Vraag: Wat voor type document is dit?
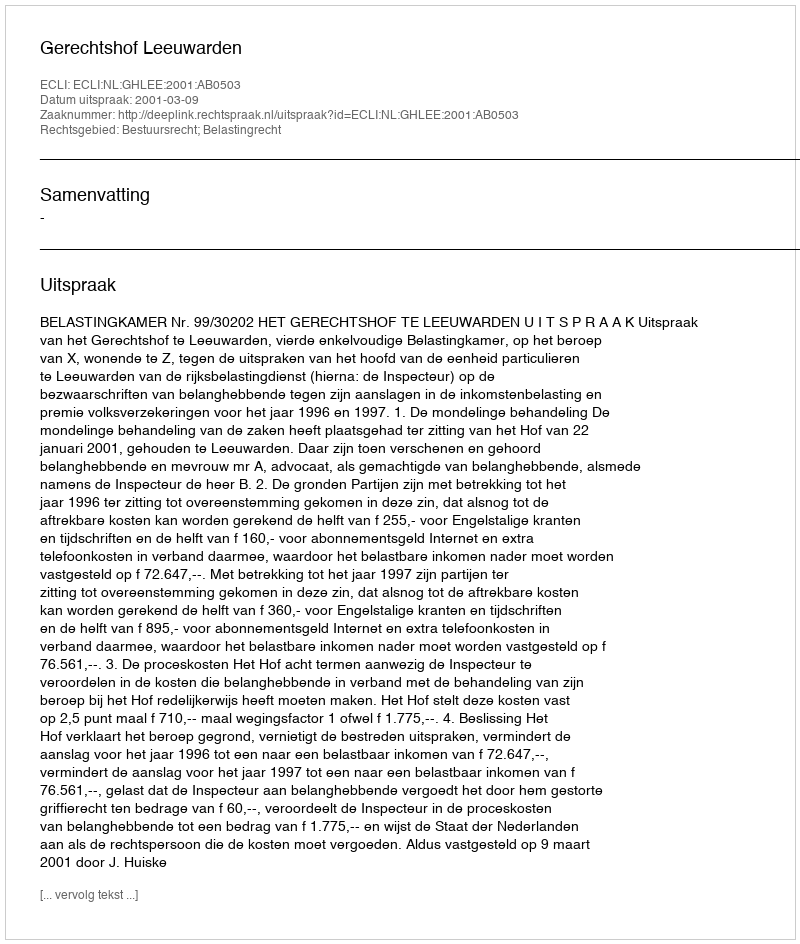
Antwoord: Uitspraak